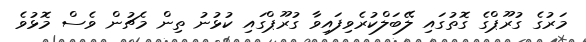
މަރުގެ ގުރޫޕްގެ ގޮތުގައި ލޭބަލްކުރެވިފައިވާ ގުރޫޕްގައި ކުޅުނު ތިން މެޗުން ވެސް މޮޅުވެ